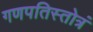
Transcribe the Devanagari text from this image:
गणपतिस्तोत्रं